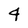
Character: 4